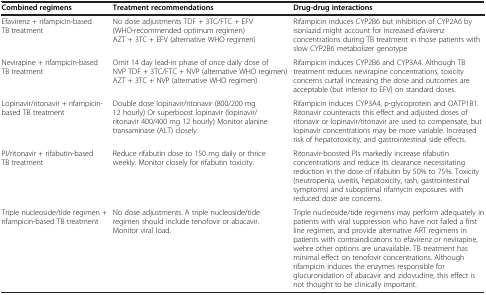
<table><thead><tr><td><b>Combined regimens</b></td><td><b>Treatment recommendations</b></td><td><b>Drug-drug interactions</b></td></tr></thead><tbody><tr><td>Efavirenz + rifampicin-based TB treatment</td><td>No dose adjustments TDF + 3TC/FTC + EFV (WHO-recommended optimum regimen) AZT + 3TC + EFV (alternative WHO regimen)</td><td>Rifampicin induces CYP2B6 but inhibition of CYP2A6 by isoniazid might account for increased efavirenz concentrations during TB treatment in those patients with slow CYP2B6 metabolizer genotype</td></tr><tr><td>Nevirapine + rifampicin-based TB treatment</td><td>Omit 14 day lead-in phase of once daily dose of NVP TDF + 3TC/FTC + NVP (alternative WHO regimen) AZT + 3TC + NVP (alternative WHO regimen)</td><td>Rifampicin induces CYP2B6 and CYP3A4. Although TB treatment reduces nevirapine concentrations, toxicity concerns curtail increasing the dose and outcomes are acceptable (but inferior to EFV) on standard doses.</td></tr><tr><td>Lopinavir/ritonavir + rifampicin-based TB treatment</td><td>Double dose lopinavir/ritonavir (800/200 mg 12 hourly) Or superboost lopinavir (lopinavir/ritonavir 400/400 mg 12 hourly) Monitor alanine transaminase (ALT) closely.</td><td>Rifampicin induces CYP3A4, p-glycoprotein and OATP1B1. Ritonavir counteracts this effect and adjusted doses of ritonavir or lopinavir/ritonavir are used to compensate, but lopinavir concentrations may be more variable. Increased risk of hepatotoxicity, and gastrointestinal side effects.</td></tr><tr><td>PI/ritonavir + rifabutin-based TB treatment</td><td>Reduce rifabutin dose to 150 mg daily or thrice weekly. Monitor closely for rifabutin toxicity.</td><td>Ritonavir-boosted PIs markedly increase rifabutin concentrations and reduce its clearance necessitating reduction in the dose of rifabutin by 50% to 75%. Toxicity (neutropenia, uveitis, hepatoxicity, rash, gastrointestinal symptoms) and suboptimal rifamycin exposures with reduced dose are concerns.</td></tr><tr><td>Triple nucleoside/tide regimen + rifampicin-based TB treatment</td><td>No dose adjustments. A triple nucleoside/tide regimen should include tenofovir or abacavir. Monitor viral load.</td><td>Triple nucleoside/tide regimens may perform adequately in patients with viral suppression who have not failed a first line regimen, and provide alternative ART regimens in patients with contraindications to efavirenz or nevirapine, wehre other options are unavailable. TB treatment has minimal effect on tenofovir concentrations. Although rifampicin induces the enzymes responsible for glucuronidation of abacavir and zidovudine, this effect is not thought to be clinically important.</td></tr></tbody></table>